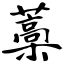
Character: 藁